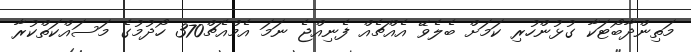
މަތިންދާބޯޓަކާ ގުޅުންހުރި ކަމަށް ބެލެވޭ އެއްޗެއް ފެނިއްޖެ ނަމަ އެމްއެޗް370 ހޯދުމުގެ މަސައްކަތްކުރާ